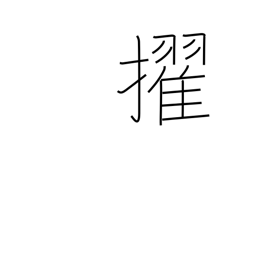
Meaning: surpass